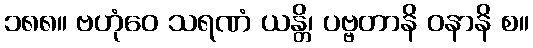
၁၈၈။ ဗဟုံဝေ သရဏံ ယန္တိ၊ ပဗ္ဗတာနိ ဝနာနိ စ။